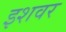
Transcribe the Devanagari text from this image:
इशवर